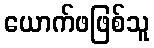
ယောက်ဖဖြစ်သူ